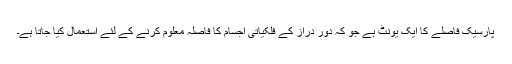
پارسیک فاصلے کا ایک یونٹ ہے جو کہ دور دراز کے فلکیاتی اجسام کا فاصلہ معلوم کرنے کے لئے استعمال کیا جاتا ہے۔